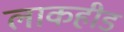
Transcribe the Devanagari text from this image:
लाकहीड